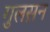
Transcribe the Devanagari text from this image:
गुलस़न